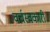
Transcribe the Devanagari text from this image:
वर्चस्वकारी